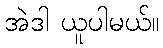
အဲဒါ ယူပါမယ်။